Plague in India, 1896, 1897 - Volume 2
Year: 1896
Disease focus: Plague
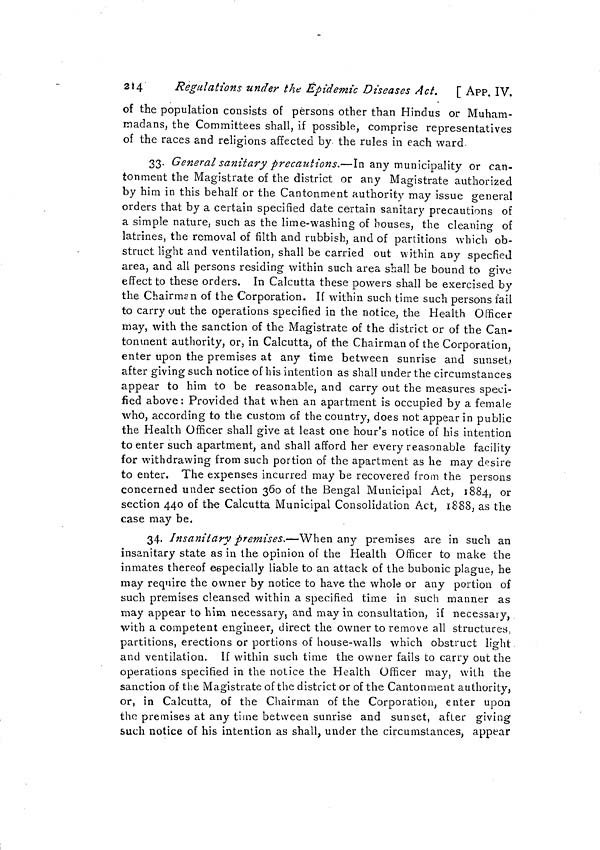
257
APP. IX. ]
spread of infection by sea.
No. 70.
Telegram No. 1007, dated Calcutta, the iSlh March 1897.
From—The Secretary to the Government of India, Home Department,
To—The Secretary to the Government of Bombay, General Department.
Your telegram dated 13th. Aden Quarantine Rules. Govern-
ment of India confirm orders of Bombay Government that Port Sur-
geon should not be allowed to board any ships till ten days of quaran-
tine counting from date of leaving Bombay and Karachi have expired.
Government of India also accept proposal to act on present rules as
modified and partly superseded by Notification 583 till new rules can
be drafted and submitted by Resident. Please expedite submission
of these.
No. 71.
Telegram No. 1249, dated Calcutta, the 10th April 1897.
From—The Secretary to the Government of India, Home Department,
To—The Secretary to the Government of Bombay, General Department.
When may Government of India expect reply to telegram No.
1007, dated 18th March, regarding Aden Quarantine Rules?
No. 72.
Telegram No. 1362, dated Simla, the 25th April 1897.
From—-The Secretary to the Government of India, Home Department,
To—The Secretary to the Government of Bombay, General Department.
Correspondence ending with my telegram 1249, dated l0th. Gov-
ernment of India will be glad to receive as soon as possible reply to
my telegram 1007, dated 18th March, about Aden Quarantine Rules.
No. 73.
Telegram, dated the 3oth April 1897.
From—The Secretary to the Government of Bombay, General Depart-
ment,
To—The Secretary to the Government of India, Home Department.
Your telegram 1302-Sanitary, dated 25th April. Aden Quaran-
tine. The Resident has submitted proposed rules which, however,
require some revision, no practical difficulty being experienced at
Aden. Matter is not apparently very pressing.
Rules for the inspection of outward-bound vessels
issued during the present epidemic before the
Venice Convention.
BOMBAY.
No. 74,
Telegram No. 61-P., dated the 27th February 1897.
From—The Secretary to the Government of Bombay, General Depart-
ment,
To—The Secretary to the Government of India, Home Department.
It is considered urgently necessary to medically inspect persons
leaving Bombay by sea, a complete scheme has been prepared, legal
c 33